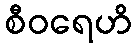
စီဝရေဟိ